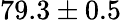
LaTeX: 79.3\pm 0.5